Report of the Bombay Plague Committee
Disease focus: Plague
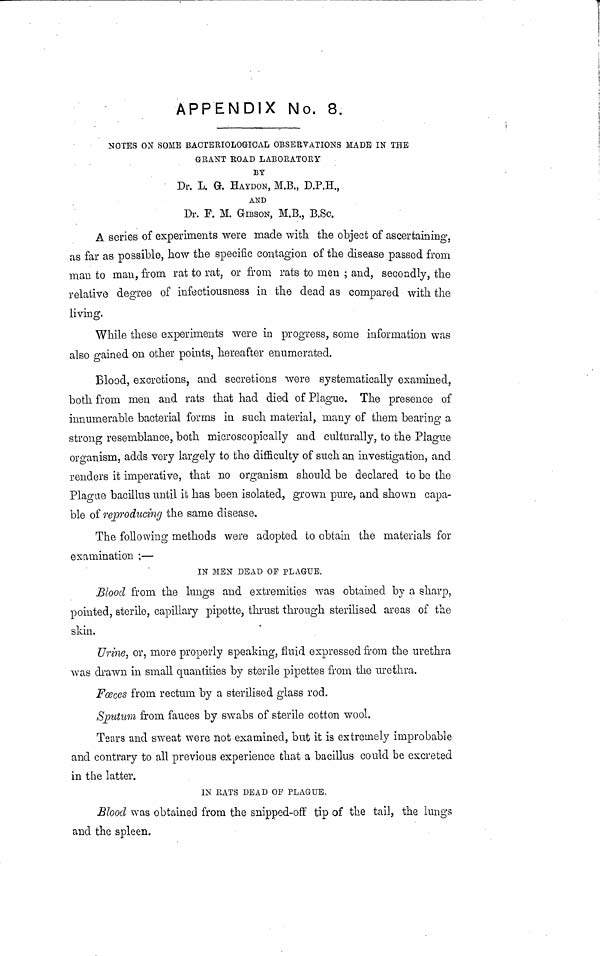
APPENDIX No. 8.
NOTES ON SOME BACTERIOLOGICAL OBSERVATIONS MADE IN THE
GEANT ROAD LABORATORY
BY
Dr. L, G. EATDON, M.B., D.P.H.,
AND
Dr. F. M. GIBSON, M.B., B.Sc.
A series of experiments were made with the object of ascertaining,
as far as possible, how the specific contagion of the disease passed from
man to man, from rat to rat, or from rats to men ; and, secondly, the
relative degree of infectionsness in the dead as compared with the
living.
While these experiments were in progress, some information was
also gained on other points, hereafter enumerated.
Blood, excretions, and secretions were systematically examined,
both from men and rats that had died of Plague. The presence of
innumerable bacterial forms in such material, many of them bearing a
strong resemblance, both microscopically and culturally, to the Plague
organism, adds very largely to the difficulty of such an investigation, and
renders it imperative, that no organism should be declared to be the
Plague bacillus until it has been isolated, grown pure, and shown capa-
ble of reproducing the same disease.
The following methods were adopted to obtain the materials for
examination ;—
IN MEN DEAD OF PLAGUE.
Blood from the lungs and extremities was obtained by a sharp,
pointed, sterile, capillary pipette, thrust through sterilised areas of the
skin.
Urine, or, more properly speaking, fluid expressed from the urethra
was drawn in small quantities by sterile pipettes from the urethra.
Foeces from rectum by a sterilised glass rod.
Sputum from fauces by swabs of sterile cotton wool.
Tears and sweat were not examined, but it is extremely improbable
and contrary to all previous experience that a bacillus could be excreted
in the latter.
IN RATS DEAD OF PLAGUE.
Blood was obtained from the snipped-off tip of the tail, the lungs
and the spleen.